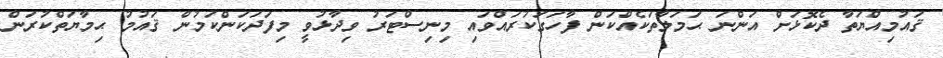
ޤައުމިއްޔަތާ ދެކޮޅަށް އަންނަ ޙަމަލާތަކެއްކަން ފާހަގަކުރައްވައި މިނިސްޓަރު ވިދާޅުވީ މިފަދަކަންކަމުން ޤައުމު ޙިމާޔަތްކުރަން